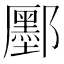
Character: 𫑮